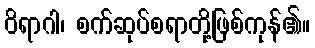
ဝိရာဂါ၊ စက်ဆုပ်စရာတို့ဖြစ်ကုန်၏။